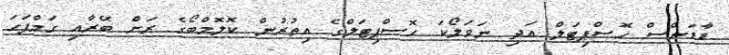
ޑާޑަންސް ހޮސްޕިޓަލް އަދި ނަވަލޯކަ ހޮސްޕިޓަލްގެ އިތުރުން ކޮލޮމްބޯގެ ރަށް ބޭރާއި ގަމްޕަހަ